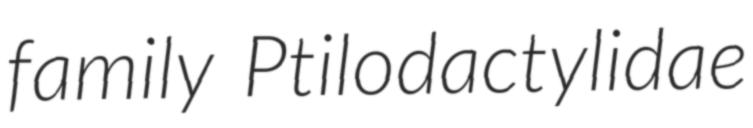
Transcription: family Ptilodactylidae